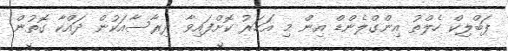
ޕަބްލިކް ހެލްތު އިންގްލެންޑް އިން މި އަހަރު ކޮށްފައިވާ ދިރާސާއަކުން ދައްކާ ގޮތުން